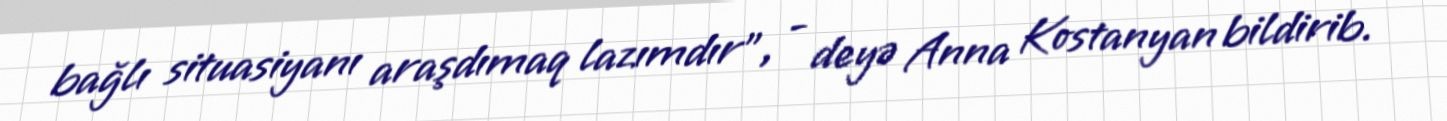
bağlı situasiyanı araşdımaq lazımdır”, - deyə Anna Kostanyan bildirib.